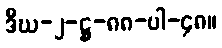
ဒီဃ-၂-ဋ္ဌ-၈၈-ပါ-၄၈။